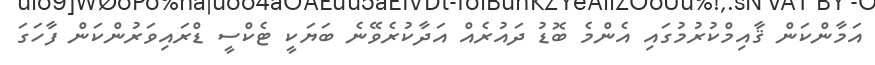
އަމާންކަން ޤާއިމްކުުރުމުގައި އެންމެ ބޮޑު ދައުރެއް އަދާކުރެވޭނެ ބަޔަކީ ޓެކްސީ ޑްރައިވަރުންކަން ފާހަގަ